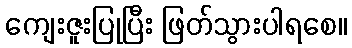
ကျေးဇူးပြုပြီး ဖြတ်သွားပါရစေ။